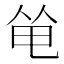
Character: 𠉒